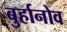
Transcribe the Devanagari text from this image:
बुर्हानोव